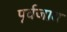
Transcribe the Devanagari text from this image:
पूर्वजाय